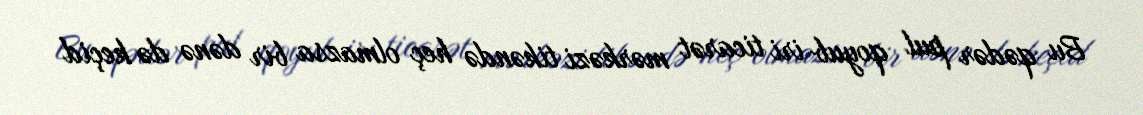
Bu qədər pul qoyub iri ticarət mərkəzi tikəndə heç olmazsa bir dənə də keçid